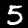
Digit: 5